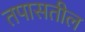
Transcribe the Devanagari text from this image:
तपासतील